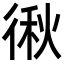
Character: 𭛻